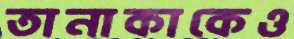
তানাকাকেও